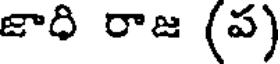
జాధి రాజ (ప)